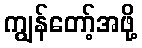
ကျွန်တော့်အဖို့